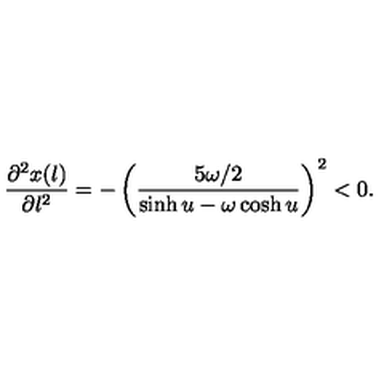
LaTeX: \frac { \partial ^ { 2 } x ( l ) } { \partial l ^ { 2 } } = - \left( \frac { 5 \omega / 2 } { \sinh u - \omega \cosh u } \right) ^ { 2 } < 0 .